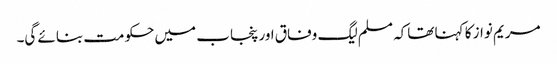
مریم نواز کا کہنا تھاکہ مسلم لیگ وفاق اور پنجاب میں حکومت بنائے گی۔